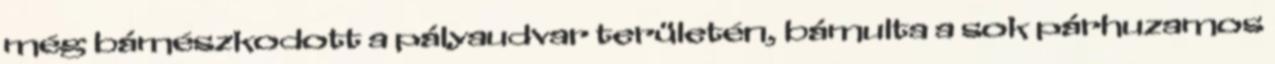
még bámészkodott a pályaudvar területén, bámulta a sok párhuzamos